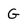
Character: G